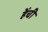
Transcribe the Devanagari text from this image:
हेंची